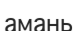
амань